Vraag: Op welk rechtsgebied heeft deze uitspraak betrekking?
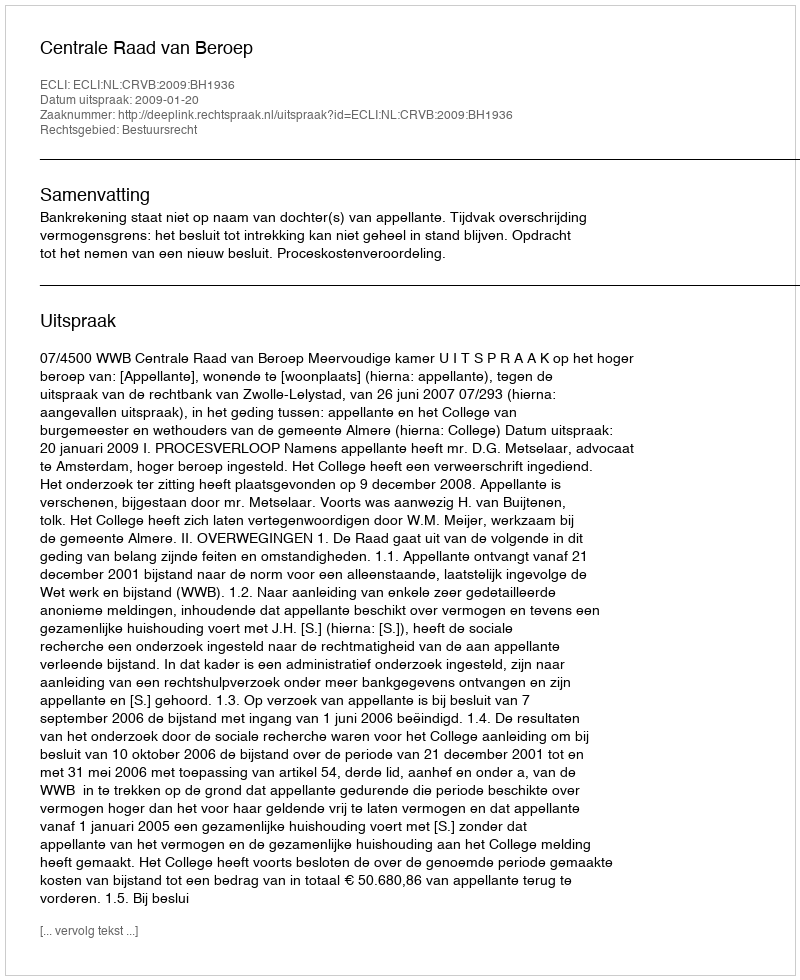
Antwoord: Bestuursrecht